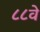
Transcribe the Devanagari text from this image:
८८वे